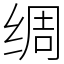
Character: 绸